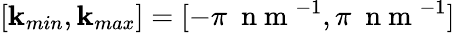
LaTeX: [\mathbf{k}_{min},\mathbf{k}_{max}]=[-\pi~\mathrm{{~n~m~}}^{-1},\pi~\mathrm{{~n~m~}}^{-1}]